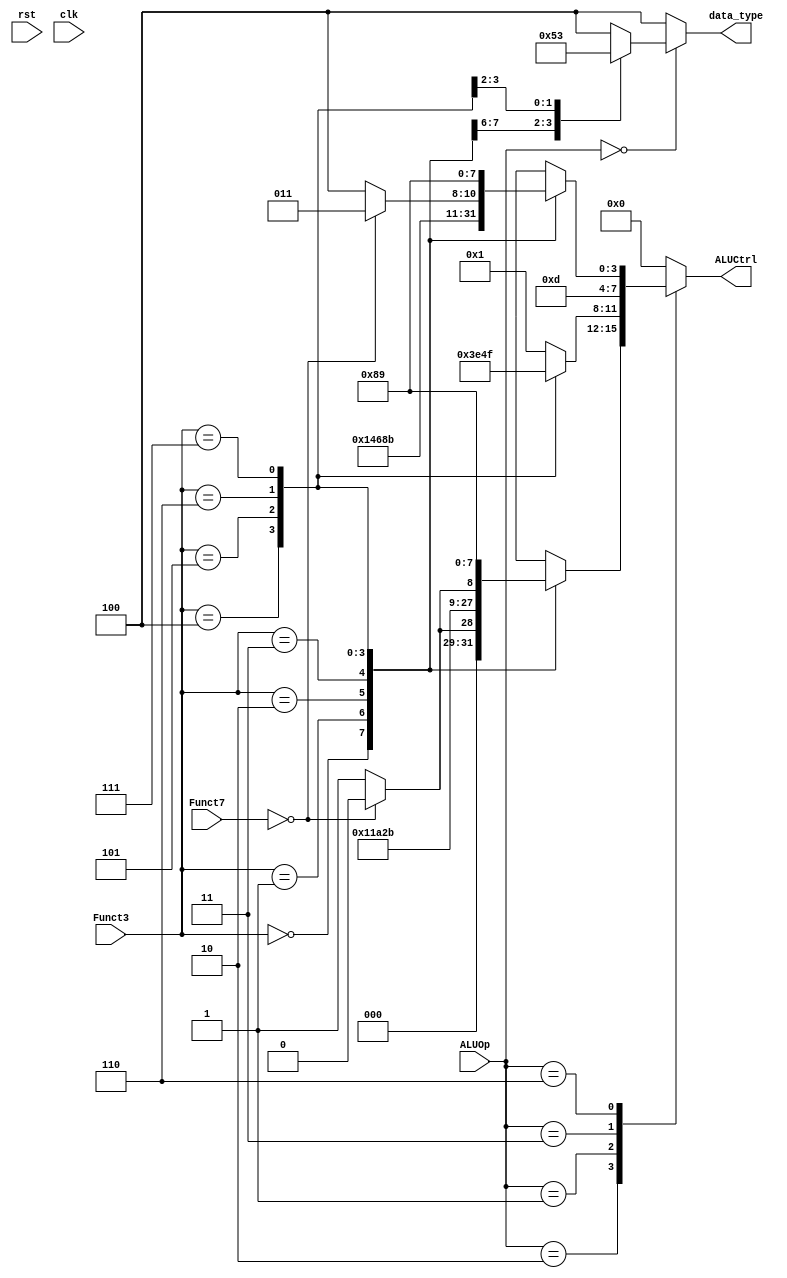
module ALUCtrl (
    rst,
    clk,
    ALUOp,
    Funct3,
    Funct7,
    ALUCtrl,
    data_type
);


input rst;
input clk;

input [2:0] ALUOp;
input [2:0] Funct3;
input [6:0] Funct7;

output reg [3:0] ALUCtrl;
output reg [2:0] data_type;

parameter ADD = 4'b0000,
          SUB = 4'b0001,
          SLL = 4'b0010,
          SLT = 4'b0011,
          SLTU = 4'b0100,
          XOR = 4'b0101,
          SRL = 4'b0110,
          SRA = 4'b0111,
          OR = 4'b1000,
          AND = 4'b1001,
          SLLI = 4'b1010,
          SRLI = 4'b1011,
          SRAI =4'b1100,
          IMM =4'b1101,
          BGE = 4'b1110,
          BGEU = 4'b1111;
parameter BYTE=3'b000,
          HWORD=3'b001,
          BYTE_U=3'b010,
          HWORD_U=3'b011,
          WORD = 3'b100;
always@(*) begin    
    data_type = WORD;
    ALUCtrl = ADD;
    case (ALUOp)
        3'b000: begin
            ALUCtrl = ADD;
            case(Funct3) 
                3'b000:data_type=BYTE;
                3'b001:data_type=HWORD;
                3'b100:data_type=BYTE_U;
                3'b101:data_type=HWORD_U;
                default:data_type=WORD;
            endcase
        end
        3'b010:
            case(Funct3) 
                3'b000:
                    ALUCtrl = (Funct7 == 7'b0)? ADD : SUB;
                3'b001:
                    ALUCtrl = SLL ;
                3'b010:
                    ALUCtrl = SLT;
                3'b011:
                    ALUCtrl = SLTU;
                3'b100:
                    ALUCtrl = XOR;
                3'b101:
                    ALUCtrl = (Funct7 == 7'b0)?SRL : SRA;
                3'b110:
                    ALUCtrl = OR;
                3'b111:
                    ALUCtrl = AND;
            endcase
        3'b001:
            case(Funct3)
                3'b000:
                    ALUCtrl = SUB;
                3'b001:
                    ALUCtrl = SUB;
                3'b100:
                    ALUCtrl = SLT;
                3'b101: 
                    ALUCtrl = BGE; 
                3'b110:
                    ALUCtrl = SLTU;
                3'b111:
                    ALUCtrl = BGEU;
                default:
                    ALUCtrl = SUB;
            endcase 
        3'b011:
            ALUCtrl = IMM;
        3'b110:
            case(Funct3) 
                3'b000:
                    ALUCtrl = ADD ;
                3'b001:
                    ALUCtrl = SLLI;
                3'b010:
                    ALUCtrl = SLT;
                3'b011:
                    ALUCtrl = SLTU;
                3'b100:
                    ALUCtrl = XOR;
                3'b101:
                    ALUCtrl = (Funct7 == 7'b0)? SRLI : SRAI;
                3'b110:
                    ALUCtrl = OR;
                3'b111:
                    ALUCtrl = AND;
            endcase
    endcase
end 

endmodule